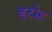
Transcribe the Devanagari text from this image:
बुटोह